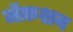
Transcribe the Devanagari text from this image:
जॅक़शन